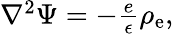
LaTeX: \begin{array}{r}{\nabla^{2}\Psi=-\frac{e}{\epsilon}\rho_{\mathrm{e}},}\end{array}